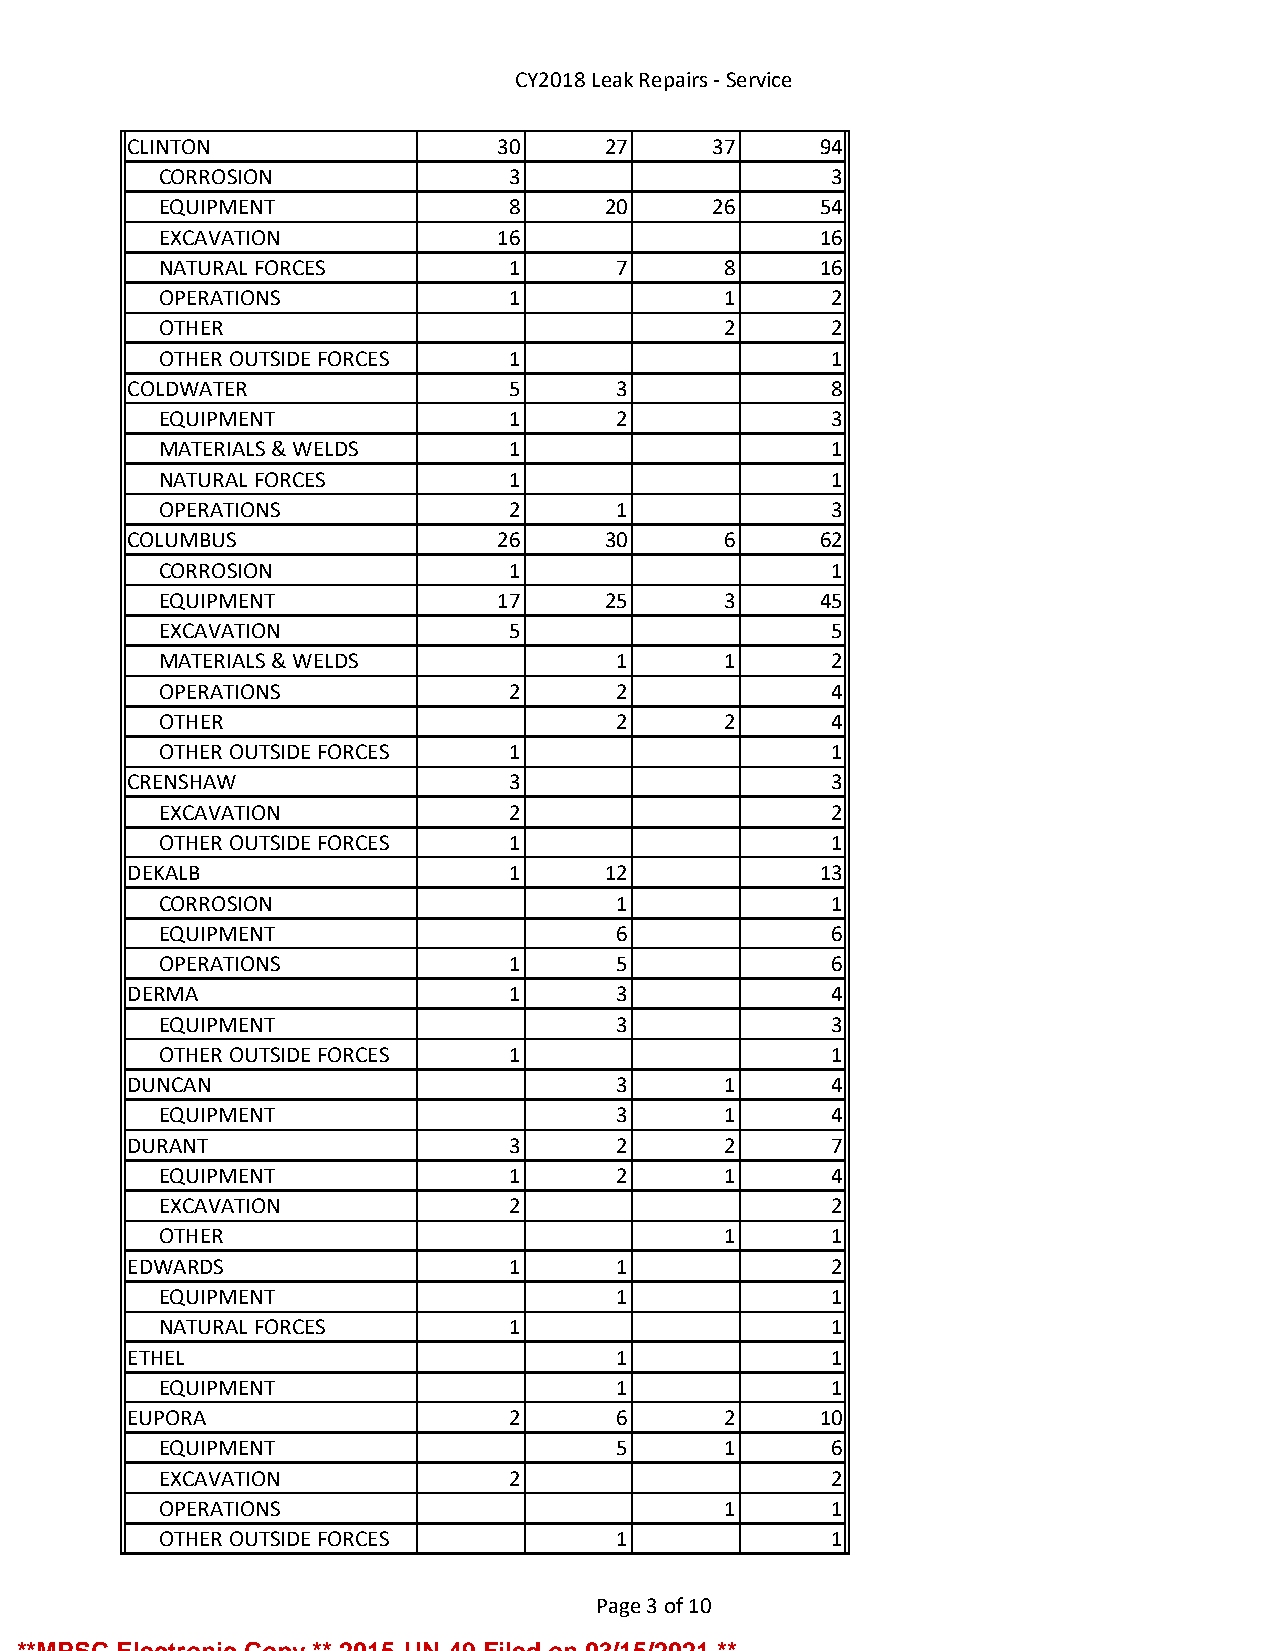
CY2018 Leak Repairs - Service
 CLINTON                 30     27     37     94
 CORROSION              3                    3
 EQUIPMENT              8     20     26     54
 EXCAVATION            16                   16
 NATURAL FORCES         1      7      8     16
 OPERATIONS             1             1      2
 OTHER                                2      2
 OTHER OUTSIDE FORCES   1                    1
 COLDWATER                5      3             8
 EQUIPMENT              1      2             3
 MATERIALS & WELDS      1                    1
 NATURAL FORCES         1                    1
 OPERATIONS             2      1             3
 COLUMBUS                26     30      6     62
 CORROSION              1                    1
 EQUIPMENT             17     25      3     45
 EXCAVATION             5                    5
 MATERIALS & WELDS             1      1      2
 OPERATIONS             2      2             4
 OTHER                         2      2      4
 OTHER OUTSIDE FORCES   1                    1
 CRENSHAW                 3                    3
 EXCAVATION             2                    2
 OTHER OUTSIDE FORCES   1                    1
 DEKALB                   1     12            13
 CORROSION                     1             1
 EQUIPMENT                     6             6
 OPERATIONS             1      5             6
 DERMA                    1      3             4
 EQUIPMENT                     3             3
 OTHER OUTSIDE FORCES   1                    1
 DUNCAN                          3      1      4
 EQUIPMENT                     3      1      4
 DURANT                   3      2      2      7
 EQUIPMENT              1      2      1      4
 EXCAVATION             2                    2
 OTHER                                1      1
 EDWARDS                  1      1             2
 EQUIPMENT                     1             1
 NATURAL FORCES         1                    1
 ETHEL                           1             1
 EQUIPMENT                     1             1
 EUPORA                   2      6      2     10
 EQUIPMENT                     5      1      6
 EXCAVATION             2                    2
 OPERATIONS                           1      1
 OTHER OUTSIDE FORCES          1             1
 Page 3 of 10
 **MPSC Electronic Copy ** 2015-UN-49 Filed on 03/15/2021 **